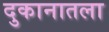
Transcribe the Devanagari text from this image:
दुकानातला